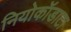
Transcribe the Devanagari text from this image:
नियोकॉडाटा